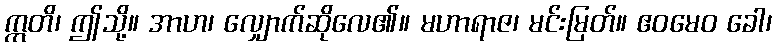
ဣတိ၊ ဤသို့။ အာဟ၊ လျှောက်ဆိုလေ၏။ မဟာရာဇ၊ မင်းမြတ်။ ဧဝမေဝ ခေါ၊